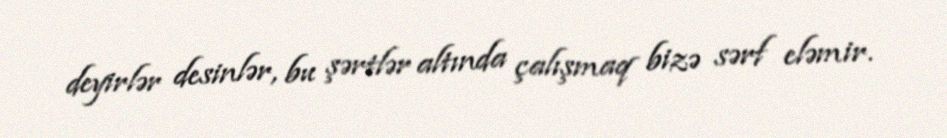
deyirlər desinlər, bu şərtlər altında çalışmaq bizə sərf eləmir.